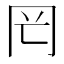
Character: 𠕏